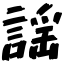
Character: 謡